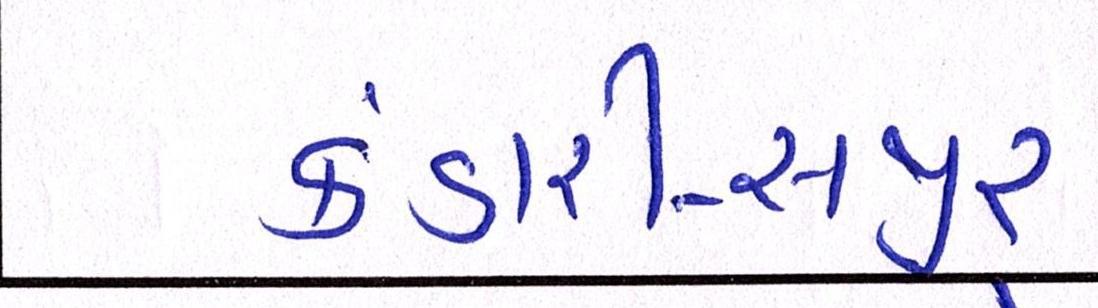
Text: કંડારી-સજીર્